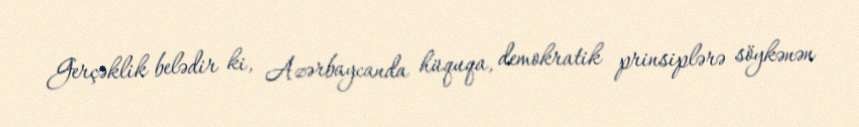
Gerçəklik belədir ki, Azərbaycanda hüquqa, demokratik prinsiplərə söykənən